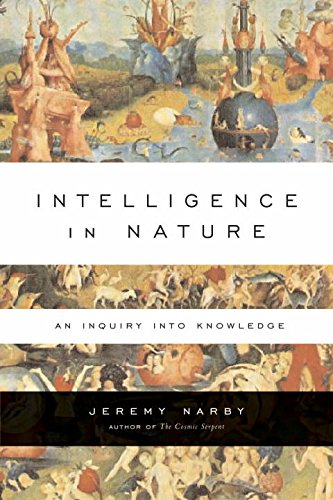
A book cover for Intelligence in Nature; Jeremy Narby; Religion & Spirituality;